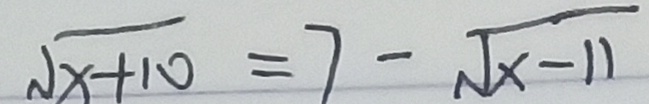
\sqrt { x + 1 0 } = 7 - \sqrt { x - 1 1 }